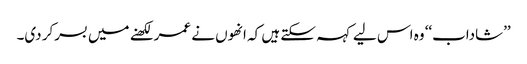
’’شاداب‘‘ وہ اس لیے کہہ سکتے ہیں کہ انھوں نے عمر لکھنے میں بسرکر دی۔